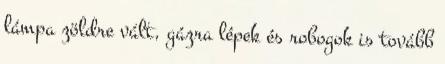
lámpa zöldre vált, gázra lépek és robogok is tovább